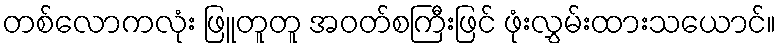
တစ်လောကလုံး ဖြူတူတူ အဝတ်စကြီးဖြင် ဖုံးလွှမ်းထားသယောင်။